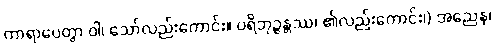
ကာရာပေတွာ ဝါ၊ သော်လည်းကောင်း။ ပရိဘုဉ္ဇန္တဿ၊ ၏လည်းကောင်း၊) အညေန၊